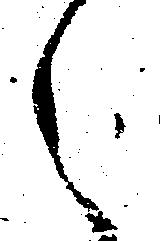
之